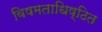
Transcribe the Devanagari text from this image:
विषमताधिष्ठित